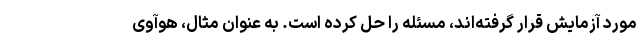
مورد آزمایش قرار گرفته‌اند، مسئله را حل کرده است. به عنوان مثال، هوآوی